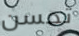
تحسن